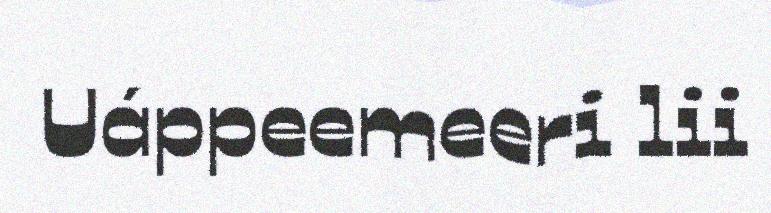
Uáppeemeeri lii